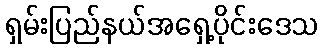
ရှမ်းပြည်နယ်အရှေ့ပိုင်းဒေသ